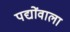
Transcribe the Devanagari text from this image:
पद्योंवाला